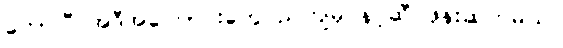
တော်ပြီ အဲဒီအကြောင်းတွေ ညကျမှ နင့်ဆီ ဖုန်းဆက်မယ်။